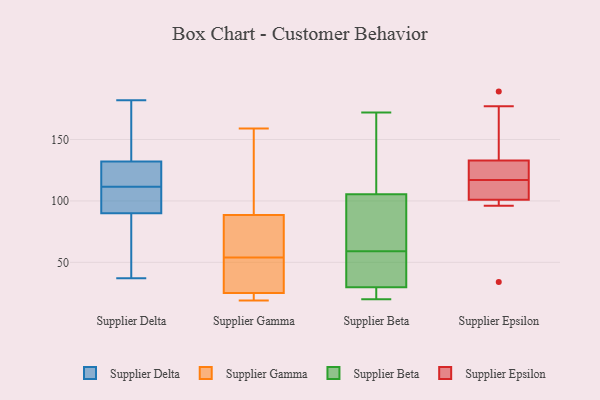
{"axis": {"x": "Website Visitors", "y": "Value"}, "legend": ["Supplier Beta", "Supplier Delta", "Supplier Epsilon", "Supplier Gamma"], "data": [{"x": "", "y": 162, "type": "Supplier Delta"}, {"x": "", "y": 121, "type": "Supplier Delta"}, {"x": "", "y": 73, "type": "Supplier Delta"}, {"x": "", "y": 108, "type": "Supplier Delta"}, {"x": "", "y": 37, "type": "Supplier Delta"}, {"x": "", "y": 90, "type": "Supplier Delta"}, {"x": "", "y": 182, "type": "Supplier Delta"}, {"x": "", "y": 132, "type": "Supplier Delta"}, {"x": "", "y": 115, "type": "Supplier Delta"}, {"x": "", "y": 92, "type": "Supplier Delta"}, {"x": "", "y": 138, "type": "Supplier Gamma"}, {"x": "", "y": 29, "type": "Supplier Gamma"}, {"x": "", "y": 62, "type": "Supplier Gamma"}, {"x": "", "y": 46, "type": "Supplier Gamma"}, {"x": "", "y": 112, "type": "Supplier Gamma"}, {"x": "", "y": 159, "type": "Supplier Gamma"}, {"x": "", "y": 19, "type": "Supplier Gamma"}, {"x": "", "y": 65, "type": "Supplier Gamma"}, {"x": "", "y": 19, "type": "Supplier Gamma"}, {"x": "", "y": 65, "type": "Supplier Gamma"}, {"x": "", "y": 21, "type": "Supplier Gamma"}, {"x": "", "y": 30, "type": "Supplier Gamma"}, {"x": "", "y": 129, "type": "Supplier Beta"}, {"x": "", "y": 172, "type": "Supplier Beta"}, {"x": "", "y": 33, "type": "Supplier Beta"}, {"x": "", "y": 38, "type": "Supplier Beta"}, {"x": "", "y": 31, "type": "Supplier Beta"}, {"x": "", "y": 60, "type": "Supplier Beta"}, {"x": "", "y": 82, "type": "Supplier Beta"}, {"x": "", "y": 21, "type": "Supplier Beta"}, {"x": "", "y": 52, "type": "Supplier Beta"}, {"x": "", "y": 122, "type": "Supplier Beta"}, {"x": "", "y": 100, "type": "Supplier Beta"}, {"x": "", "y": 23, "type": "Supplier Beta"}, {"x": "", "y": 85, "type": "Supplier Beta"}, {"x": "", "y": 20, "type": "Supplier Beta"}, {"x": "", "y": 122, "type": "Supplier Beta"}, {"x": "", "y": 59, "type": "Supplier Beta"}, {"x": "", "y": 26, "type": "Supplier Beta"}, {"x": "", "y": 126, "type": "Supplier Epsilon"}, {"x": "", "y": 99, "type": "Supplier Epsilon"}, {"x": "", "y": 130, "type": "Supplier Epsilon"}, {"x": "", "y": 110, "type": "Supplier Epsilon"}, {"x": "", "y": 174, "type": "Supplier Epsilon"}, {"x": "", "y": 177, "type": "Supplier Epsilon"}, {"x": "", "y": 123, "type": "Supplier Epsilon"}, {"x": "", "y": 102, "type": "Supplier Epsilon"}, {"x": "", "y": 34, "type": "Supplier Epsilon"}, {"x": "", "y": 128, "type": "Supplier Epsilon"}, {"x": "", "y": 189, "type": "Supplier Epsilon"}, {"x": "", "y": 111, "type": "Supplier Epsilon"}, {"x": "", "y": 96, "type": "Supplier Epsilon"}, {"x": "", "y": 111, "type": "Supplier Epsilon"}, {"x": "", "y": 100, "type": "Supplier Epsilon"}, {"x": "", "y": 136, "type": "Supplier Epsilon"}]}